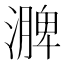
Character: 𪷗